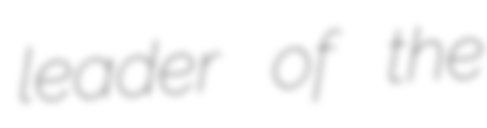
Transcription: leader of the